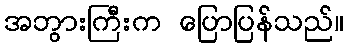
အဘွားကြီးက ပြောပြန်သည်။